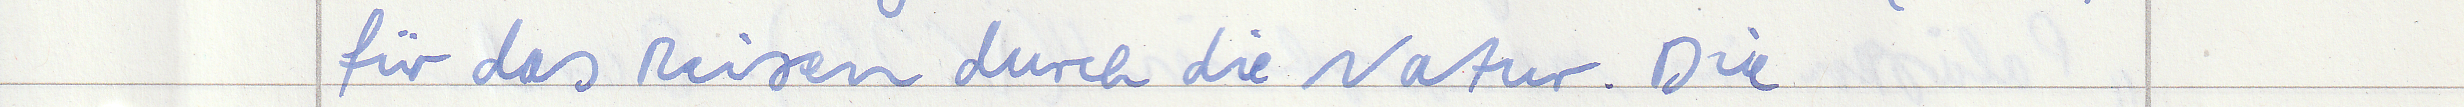
für das Reisen durch die Natur. Die